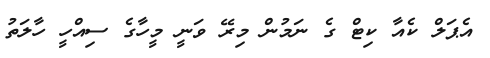
އެޕަލް ކެއާ ކިޓް ގެ ނަމުން މިރޭ ވަނީ މީހާގެ ސިއްހީ ހާލަތު